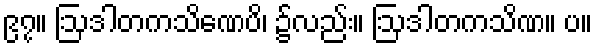
၉၇။ ဩဒါတကသိဏေပိ၊ ၌လည်း။ ဩဒါတကသိဏ။ ပ။